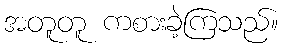
အတူတူ ကစားခဲ့ကြသည်။